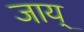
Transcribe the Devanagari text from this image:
जाय्